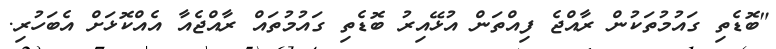
"ބޮޑެތި ގައުމުތަކުން ރާއްޖެ ފިއްތަން އުޅޭއިރު ބޮޑެތި ގައުމުތައް ރާއްޖެއާ އެއްކޮޅަށް އެބަހުރި.